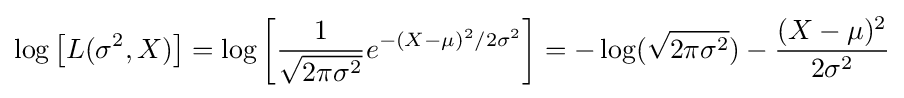
\log \left[L(\sigma ^{2},X)\right]=\log \left[{\frac {1}{\sqrt {2\pi \sigma ^{2}}}}e^{-(X-\mu )^{2}/{2\sigma ^{2}}}\right]=-\log({\sqrt {2\pi \sigma ^{2}}})-{\frac {(X-\mu )^{2}}{2\sigma ^{2}}}